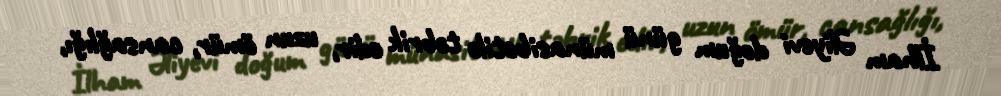
İlham Əliyevi doğum günü münasibətilə təbrik edir, uzun ömür, cansağlığı,